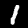
Digit: 1